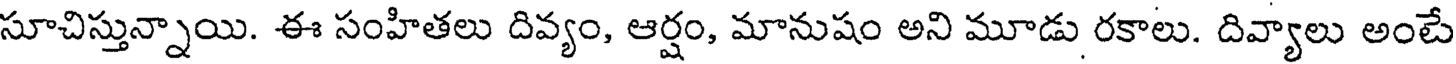
సూచిస్తున్నాయి. ఈ సంహితలు దివ్యం, ఆర్షం, మానుషం అని మూడు రకాలు. దివ్యాలు అంటే